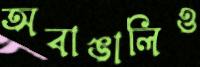
অবাঙালিও